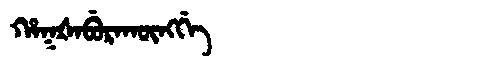
Manchu: ᡥᠠᡴᡧᠠᠪᡠᡵᠠᡴᡡᠩᡤᡝ
Romanization: HAKŠABURAKŪNGGE